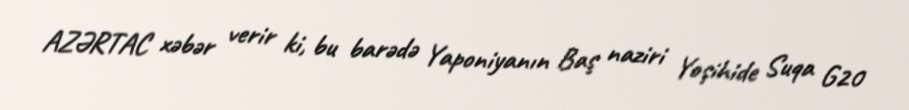
AZƏRTAC xəbər verir ki, bu barədə Yaponiyanın Baş naziri Yoşihide Suqa G20